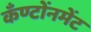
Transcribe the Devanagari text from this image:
कँण्टोंनमेंट